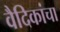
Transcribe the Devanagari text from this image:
वैदिकांचा